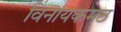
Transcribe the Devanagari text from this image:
विनायकमठ